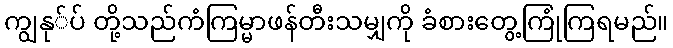
ကျွနု်ပ် တို့သည်ကံကြမ္မာဖန်တီးသမျှကို ခံစားတွေ့ကြုံကြရမည်။